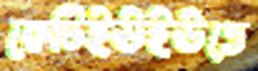
কেটিইউইউতে